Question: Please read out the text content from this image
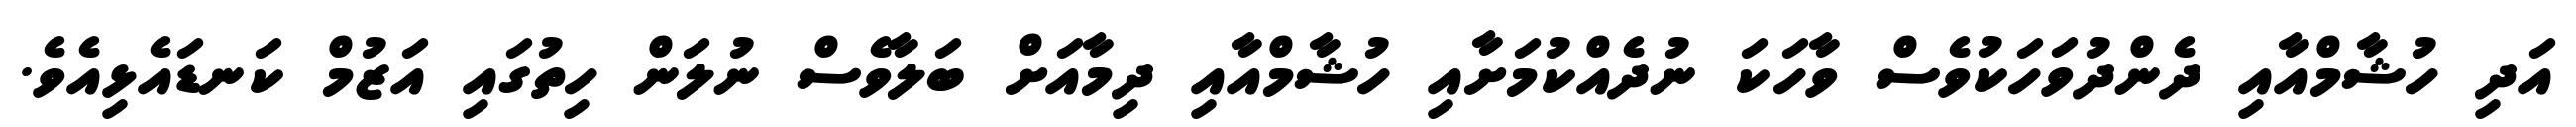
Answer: އަދި ހުޝާމްއާއި ދެންދުވަހަކުވެސް ވާހަކަ ނުދެއްކުމަށާއި ހުޝާމްއާއި ދިމާއަށް ބަލާވެސް ނުލަން ހިތުގައި އަޒުމް ކަނޑައެޅިއެވެ.